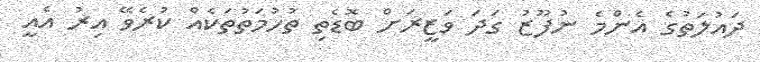
ދައުލަތުގެ އެންމެ ނުފޫޒު ގަދަ ވަޒީރަށް ބޮޑެތި ތުހުމަތުތަކެއް ކުރެވޭ އިރު އެއީ